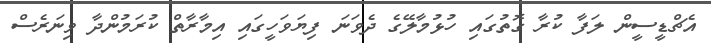
އެޗްޑީސީން ލަފާ ކުރާ ގޮތުގައި ހުޅުމާލޭގެ ދެވަނަ ފިޔަވަހީގައި އިމާރާތް ކުރަމުންދާ ވިނަރެސް